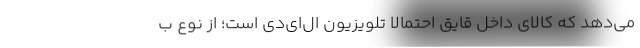
مي‌دهد كه كالاي داخل قايق احتمالا تلويزيون ال‌اي‌دي است؛ از نوع ب